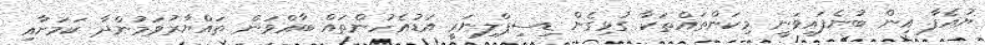
ޔުއެފާ އިން ބުނެފައިވަނީ މިކަންތައްތަކާ ގުޅިގެން ޑިސިޕްލިނަރީ އަޑުއެހުންތައް ބާއްވަން ތައްޔާރުވަމުންދާ ކަމަށާއި